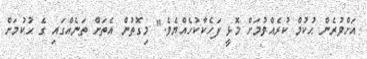
އަށްވުރެން ޙުކުމް ކުރެއްވުމަށް މޮޅީ ފަހެކާކުހެއްޔެވެ." މިގޮތުން އެތަށް ތަނެއްގައި ގެ ޙުކުމަށް